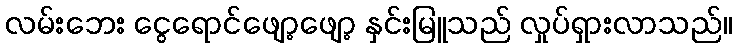
လမ်းဘေး ငွေရောင်ဖျော့ဖျော့ နှင်းမြူသည် လှုပ်ရှားလာသည်။